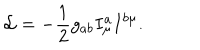
LaTeX: { \cal L } = - \frac { 1 } { 2 } g _ { a b } I _ { \mu } ^ { a } I ^ { b \mu } .